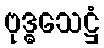
ဗုဒ္ဓသေဋ္ဌံ